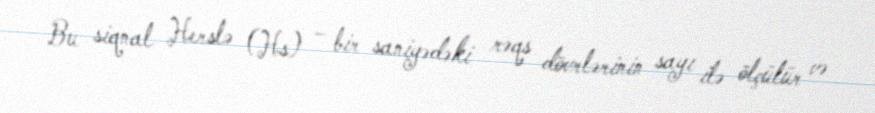
Bu siqnal Herslə (Hs) – bir saniyədəki rəqs dövrlərinin sayı ilə ölçülür və